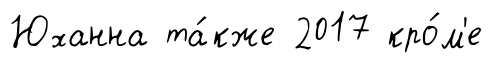
Юханна та́кже 2017 кро́м'е